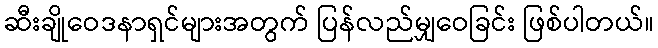
ဆီးချိုဝေဒနာရှင်များအတွက် ပြန်လည်မျှဝေခြင်း ဖြစ်ပါတယ်။